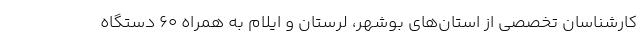
کارشناسان تخصصی از استان‌های بوشهر، لرستان و ایلام به همراه ۶۰ دستگاه